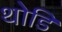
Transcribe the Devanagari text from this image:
थोडि